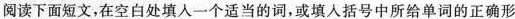
阅读下面短文,在空白处填人一个适当的词,或填人括号中所给单词的正确形